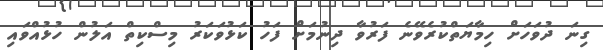
ގިނަ ދުވަހަށް ހިމާޔަތްކުރެވޭނެ ފަރުވާ ދިނުމަށް ފަހު ކަޅުވަކަރު މިސްކިތް އަލުން ހުޅުއްވައި